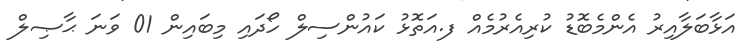
އަޅާބަލާއިރު އެންމެބޮޑު ކުރިއެރުމެއް ފ.އަތޮޅު ކައުންސިލް ހޯދައި މިބައިން 01 ވަނަ ޙާޞިލް